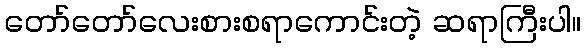
တော်တော်လေးစားစရာကောင်းတဲ့ ဆရာကြီးပါ။